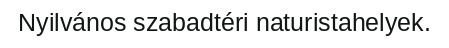
Nyilvános szabadtéri naturistahelyek.